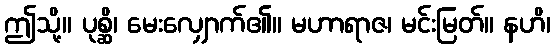
ဤသို့။ ပုစ္ဆိ၊ မေးလျှောက်၏။ မဟာရာဇ၊ မင်းမြတ်။ နဟိ၊